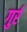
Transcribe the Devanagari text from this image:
गुर्र